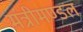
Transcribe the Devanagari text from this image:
मंत्रीमण्‍डल